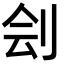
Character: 刽